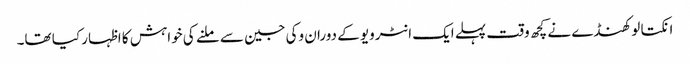
انکتا لوکھنڈے نے کچھ وقت پہلے ایک انٹرویو کے دوران وکی جین سے ملنے کی خواہش کا اظہار کیا تھا۔